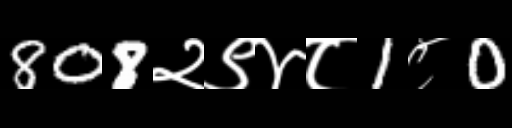
Text: 808२९४८1८0